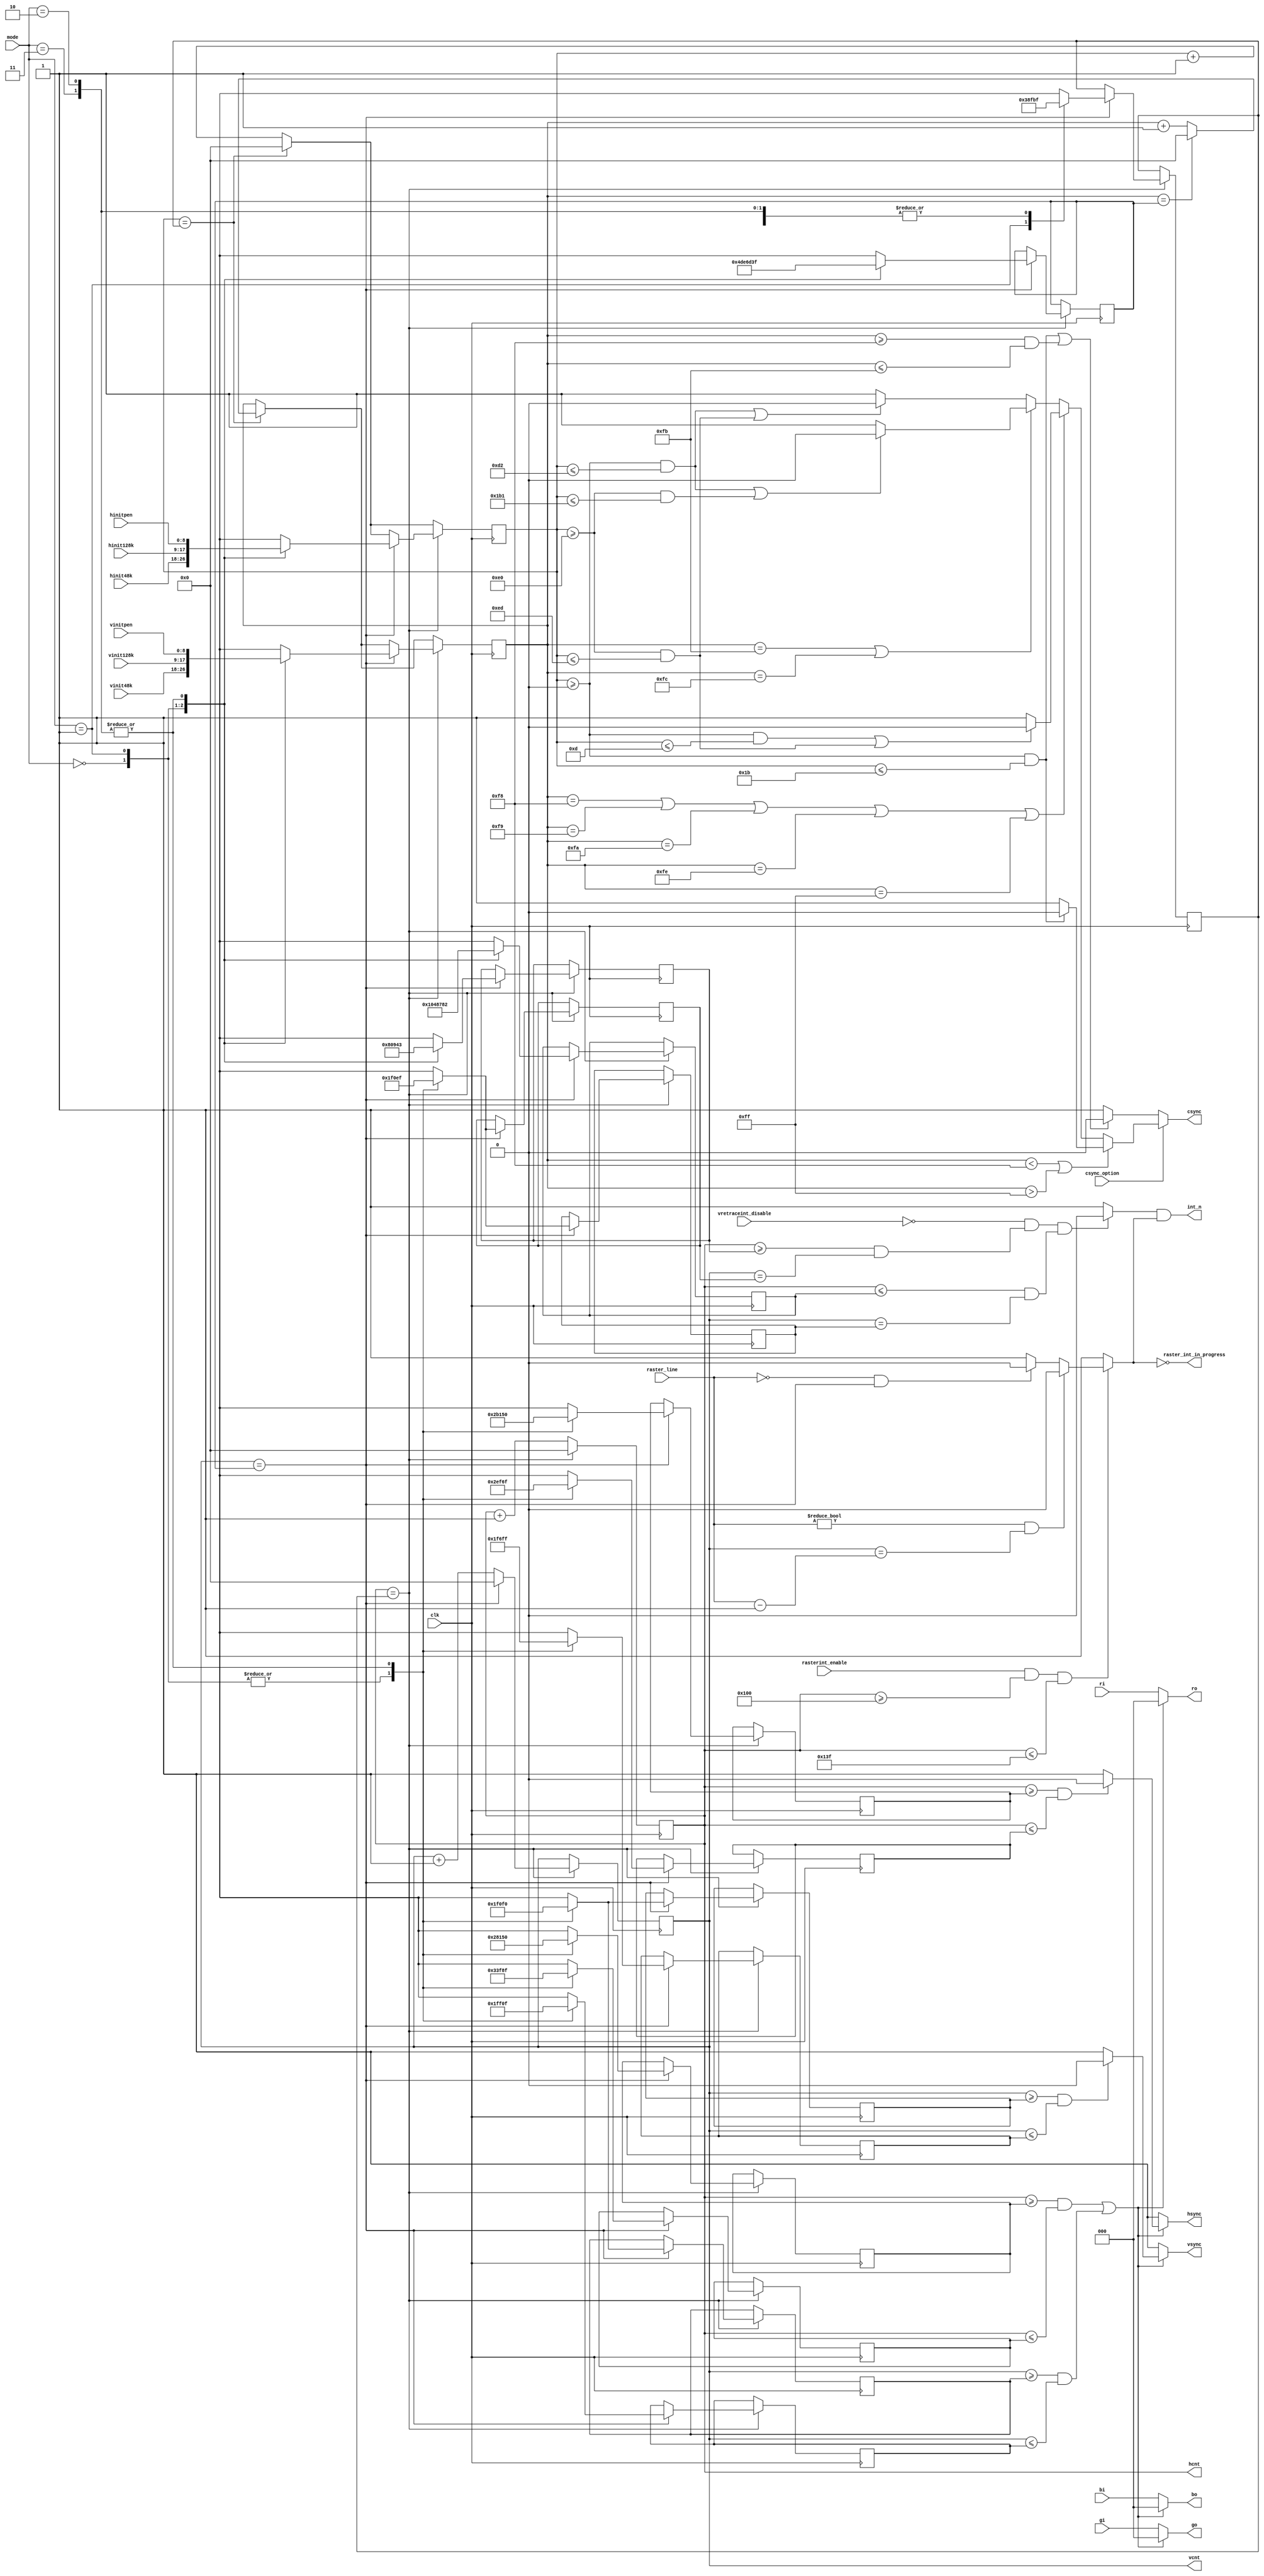
`timescale 1ns / 1ps
`default_nettype none

//////////////////////////////////////////////////////////////////////////////////
// Company: 
// Engineer: 
// 
// Design Name: 
// Module Name:    pal_generator 
// Project Name: 
// Target Devices: 
// Tool versions: 
// Description: 
//
// Dependencies: 
//
// Revision: 
// Revision 0.01 - File Created
// Additional Comments: 
//
//////////////////////////////////////////////////////////////////////////////////

module pal_sync_generator (
    input wire clk,
    input wire [1:0] mode,  // 00: 48K, 01: 128K, 10: Pentagon, 11: Reserved

    input wire rasterint_enable,
    input wire vretraceint_disable,
    input wire [8:0] raster_line,
    output wire raster_int_in_progress,
    input wire csync_option,
    
    input wire [8:0] hinit48k,
    input wire [8:0] vinit48k,
    input wire [8:0] hinit128k,
    input wire [8:0] vinit128k,
    input wire [8:0] hinitpen,
    input wire [8:0] vinitpen,    
    
    input wire [2:0] ri,
    input wire [2:0] gi,
    input wire [2:0] bi,
    output wire [8:0] hcnt,
    output wire [8:0] vcnt,
    output reg [2:0] ro,
    output reg [2:0] go,
    output reg [2:0] bo,
    output reg hsync,
    output reg vsync,
    output reg csync,
    output wire int_n
    );

	reg [8:0] hc = 9'h000;
	reg [8:0] vc = 9'h000;

	reg [8:0] hc_sync = 9'd104;
	reg [8:0] vc_sync = 9'd0;

    reg [8:0] end_count_h = 9'd447;
    reg [8:0] end_count_v = 9'd311;
    reg [8:0] begin_hblank = 9'd320;
    reg [8:0] end_hblank = 9'd415;
    reg [8:0] begin_hsync = 9'd344;
    reg [8:0] end_hsync = 9'd375;
    reg [8:0] begin_vblank = 9'd248;
    reg [8:0] end_vblank = 9'd255;
    reg [8:0] begin_vsync = 9'd248;
    reg [8:0] end_vsync = 9'd251;
    reg [8:0] begin_vcint = 9'd248;
    reg [8:0] end_vcint = 9'd248;
    reg [8:0] begin_hcint = 9'd2;
    reg [8:0] end_hcint = 9'd65;
    
    //reg [1:0] old_mode = 2'b11;

	assign hcnt = hc;
	assign vcnt = vc;
  
	always @(posedge clk) begin
      if (hc_sync == end_count_h) begin
         hc_sync <= 9'd0;
         if (vc_sync == end_count_v) begin
            vc_sync <= 9'd0;
         end
         else begin
            vc_sync <= vc_sync + 9'd1;
         end
      end
      else begin
         hc_sync <= hc_sync + 9'd1;
      end
      
      if (hc == end_count_h) begin
        hc <= 9'd0;
        if (vc == end_count_v) begin
           vc <= 9'd0;
           case (mode)
             2'b00: begin // timings for Sinclair 48K
                       end_count_h <= 9'd447;
                       end_count_v <= 9'd311;
                       hc_sync <= hinit48k;
                       vc_sync <= vinit48k;
                       begin_hblank <= 9'd320;
                       end_hblank <= 9'd415;
                       begin_hsync <= 9'd344;
                       end_hsync <= 9'd375;
                       begin_vblank <= 9'd248;
                       end_vblank <= 9'd255;
                       begin_vsync <= 9'd248;
                       end_vsync <= 9'd251;
                       begin_vcint <= 9'd248;
                       end_vcint <= 9'd248;
                       begin_hcint <= 9'd2;
                       end_hcint <= 9'd65;
                    end
             2'b01: begin // timings for Sinclair 128K/+2 grey
                       end_count_h <= 9'd455;
                       end_count_v <= 9'd310;
                       hc_sync <= hinit128k;
                       vc_sync <= vinit128k;
                       begin_hblank <= 9'd320;
                       end_hblank <= 9'd415;
                       begin_hsync <= 9'd344;
                       end_hsync <= 9'd375;
                       begin_vblank <= 9'd248;
                       end_vblank <= 9'd255;
                       begin_vsync <= 9'd248;
                       end_vsync <= 9'd251;
                       begin_vcint <= 9'd248;
                       end_vcint <= 9'd248;
                       begin_hcint <= 9'd4;
                       end_hcint <= 9'd67;
                    end
             2'b10,
             2'b11: begin // timings for Pentagon 128
                       end_count_h <= 9'd447;
                       end_count_v <= 9'd319;
                       hc_sync <= hinitpen;
                       vc_sync <= vinitpen;
                       begin_hblank <= 9'd336; // 9'd328;
                       end_hblank <= 9'd399; // 9'd391;
                       begin_hsync <= 9'd336; // 9'd328;
                       end_hsync <= 9'd367; // 9'd359;
                       begin_vblank <= 9'd240;
                       end_vblank <= 9'd271; // 9'd255;
                       begin_vsync <= 9'd240;
                       end_vsync <= 9'd255; // 9'd243;
                       begin_vcint <= 9'd239;
                       end_vcint <= 9'd239;
                       begin_hcint <= 9'd323; // 9'd323;
                       end_hcint <= 9'd386; //9'd386;
                    end
           endcase
        end
        else
          vc <= vc + 9'd1;
      end
      else
        hc <= hc + 9'd1;
	 end

    // INT generation
    reg vretrace_int_n, raster_int_n;
    assign int_n = vretrace_int_n & raster_int_n;
    assign raster_int_in_progress = ~raster_int_n;
    always @* begin
      vretrace_int_n = 1'b1;
      if (vretraceint_disable == 1'b0 && (hc >= begin_hcint && vc == begin_vcint) && (hc <= end_hcint && vc == end_vcint))
        vretrace_int_n = 1'b0;
        
      raster_int_n = 1'b1;
      if (rasterint_enable == 1'b1 && hc >= 256 && hc <= 319) begin
        if (raster_line == 9'd0 && vc == end_count_v) 
          raster_int_n = 1'b0;
        if (raster_line != 9'd0 && vc == (raster_line - 9'd1))
          raster_int_n = 1'b0;
      end
    end
   
    always @* begin
        ro = ri;
        go = gi;
        bo = bi;
        hsync = 1'b1;
        vsync = 1'b1;
        if ( (hc >= begin_hblank && hc <= end_hblank) || (vc >= begin_vblank && vc <= end_vblank) ) begin
            ro = 3'b000;
            go = 3'b000;
            bo = 3'b000;
            if (hc >= begin_hsync && hc <= end_hsync)
                hsync = 1'b0;
            if (vc >= begin_vsync && vc <= end_vsync) 
                vsync = 1'b0;
        end
     end    

    always @* begin
      csync = 1'b1;
      if (csync_option == 1'b1) begin
         if (vc_sync < 9'd248 || vc_sync > 9'd255) begin
            if (hc_sync >= 9'd0 && hc_sync <= 9'd27)
               csync = 1'b0;
         end
         else if (vc_sync == 9'd248 || vc_sync == 9'd249 || vc_sync == 9'd250 || vc_sync == 9'd254 || vc_sync == 9'd255) begin
            if ((hc_sync >= 9'd0 && hc_sync <= 9'd13) || (hc_sync >= 9'd224 && hc_sync <= 9'd237))
               csync = 1'b0;
         end
         else if (vc_sync == 9'd251 || vc_sync == 9'd252) begin
            if ((hc_sync >= 9'd0 && hc_sync <= 9'd210) || (hc_sync >= 9'd224 && hc_sync <= 9'd433))
               csync = 1'b0;
         end
         else begin // linea 253
            if ((hc_sync >= 9'd0 && hc_sync <= 9'd210) || (hc_sync >= 9'd224 && hc_sync <= 9'd237))
               csync = 1'b0;
         end
      end
      else begin
         if ((hc_sync >= 9'd0 && hc_sync <= 9'd27) || (vc_sync >= 9'd248 && vc_sync <= 9'd251))
            csync = 1'b0;
      end
    end
endmodule